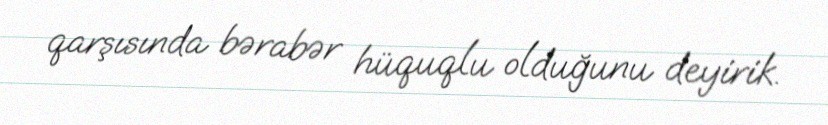
qarşısında bərabər hüquqlu olduğunu deyirik.